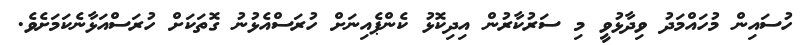
ހުސައިން މުހައްމަދު ވިދާޅުވީ މި ސަރުކާރުން އިދިކޮޅު ކެންޕެއިނަށް ހުރަސްއެޅުނު ގޮތަކަށް ހުރަސްއަޅާނެކަމަށެވެ.